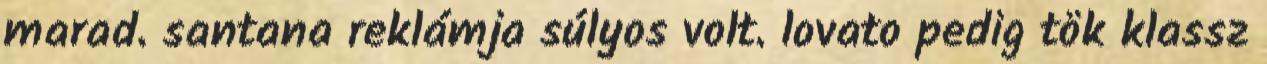
marad. santana reklámja súlyos volt. lovato pedig tök klassz